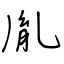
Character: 胤